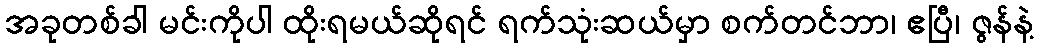
အခုတစ်ခါ မင်းကိုပါ ထိုးရမယ်ဆိုရင် ရက်သုံးဆယ်မှာ စက်တင်ဘာ၊ ဧပြီ၊ ဇွန်နဲ့